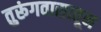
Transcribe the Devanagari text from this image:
तुरूंगवासातून